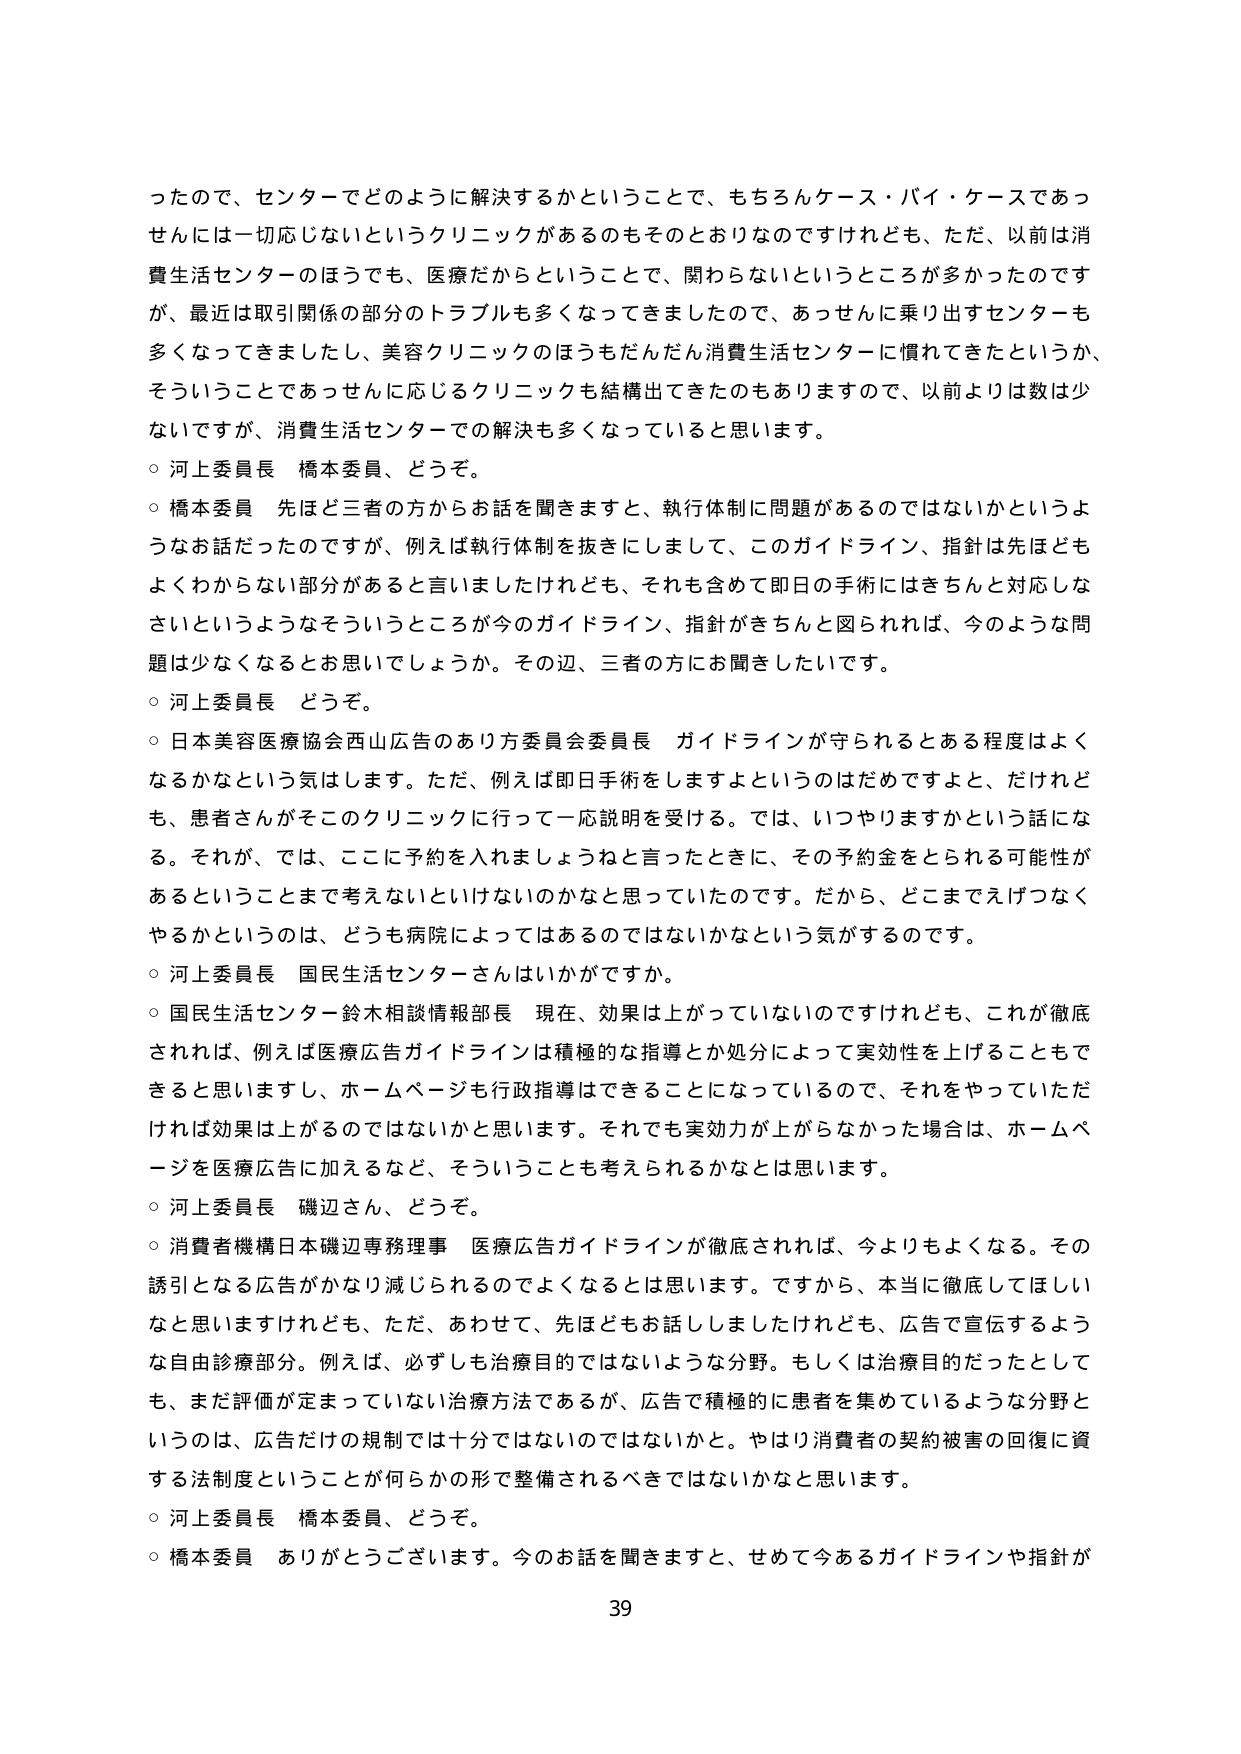
ったので、センターでどのように解決するかということで、もちろんケース・バイ・ケースであっ
せんには一切応じないというクリニックがあるのもそのとおりなのですけれども、ただ、以前は消
費生活センターのほうでも、医療だからということで、関わらないというところが多かったのです
が、最近は取引関係の部分のトラブルも多くなってきましたので、あっせんに乗り出すセンターも
多くなってきましたし、美容クリニックのほうもだんだん消費生活センターに慣れてきたというか、
そういうことであっせんに応じるクリニックも結構出てきたのもありますので、以前よりは数は少
ないですが、消費生活センターでの解決も多くなっていると思います。
○ 河上委員長 橋本委員、どうぞ。
○ 橋本委員 先ほど三者の方からお話を聞きますと、執行体制に問題があるのではないかというよ
うなお話だったのですが、例えば執行体制を抜きにしまして、このガイドライン、指針は先ほども
よくわからない部分があると言いましたけれども、それも含めて即日の手術にはきちんと対応しな
さいというようなそういうところが今のガイドライン、指針がきちんと図られれば、今のような問
題は少なくなるお思いでしょうか。その辺、三者の方にお聞きしたいです。
○ 河上委員長 どうぞ。
○ 日本美容医療協会西山広告のあり方委員会委員長 ガイドラインが守られるとある程度はよく
なるかなという気はします。ただ、例えば即日手術をしますよというのはだめですよと、だけれど
も、患者さんがそのクリニックに行って一応説明を受ける。では、いつやりますかという話にな
る。それが、では、ここに予約を入れましょうねと言ったときに、その予約金をとられる可能性が
あるということまで考えないといけないのかなと思っていたのです。だから、どこまでえげつなく
やるかというのは、どうも病院によってはあるのではないかという気がするのです。
○ 河上委員長 国民生活センターさんはいかがですか。
○ 国民生活センター鈴木相談情報部長 現在、効果は上がってないのですけれども、これが徹底
されれば、例えば医療広告ガイドラインは積極的な指導とか処分によって実効性を上げることもで
きると思いますし、ホームページも行政指導はできることになっているので、それをやっていただ
ければ効果は上がるのではないかと思います。それでも実効力が上がらなかった場合は、ホームペ
ージを医療広告に加えるなど、そういうことも考えられるかなとは思います。
○ 河上委員長 磯辺さん、どうぞ。
○ 消費者機構日本磯辺専務理事 医療広告ガイドラインが徹底されれば、今よりもよくなる。その
誘引となる広告がかなり減じられるのでよくなるとは思います。ですから、本当に徹底してほしい
なと思いますけれども、ただ、あわせて、先ほどもお話ししましたけれども、広告で宣伝するよう
な自由診療部分。例えば、必ずしも治療目的ではないような分野。もしくは治療目的だったとして
も、まだ評価が定まっていない治療方法であるが、広告で積極的に患者を集めていような分野と
いうのは、広告だけの規制では十分ではないのではないかと。やはり消費者の契約被害の回復に資
する法制度ということが何らかの形で整備されるべきではないかなと思います。
○ 河上委員長 橋本委員、どうぞ。
○ 橋本委員 ありがとうございます。今のお話を聞きますと、せめて今あるガイドラインや指針が
39